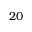
2 0